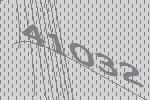
41032